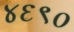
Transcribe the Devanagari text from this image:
४६९०